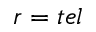
r = t e l